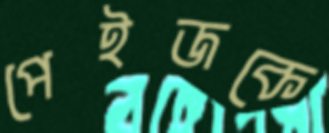
পেইজকে